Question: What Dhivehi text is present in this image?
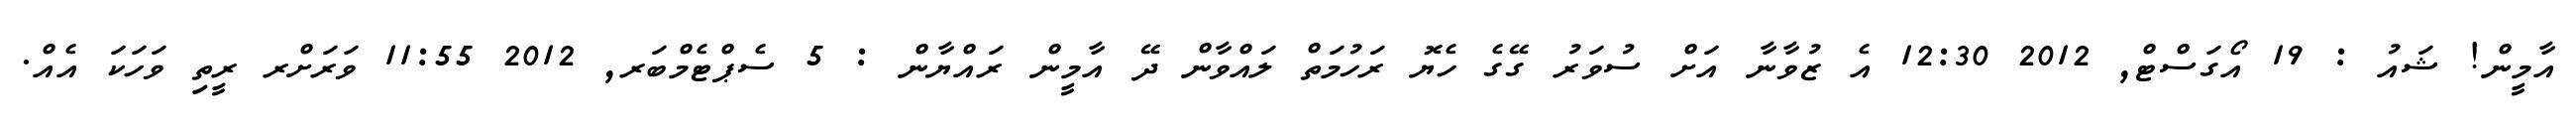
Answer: އާމީން! ޝައު : 19 އޯގަސްޓް, 2012 12:30 އެ ޒުވާނާ އަށް ސުވަރު ގޭގެ ހެޔޮ ރަހުމަތް ލައްވާން ދޭ އާމީން ރައްޔާން : 5 ސެޕްޓެމްބަރ, 2012 11:55 ވަރަށްރ ރީތި ވަހަކަ އެއް.